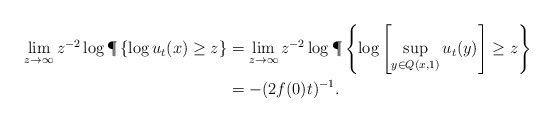
\begin{align*}\lim_{z\rightarrow \infty} z^{-2} \log \P\left\{ \log u_t(x) \ge z\right\}&=\lim_{z\rightarrow \infty} z^{-2} \log \P \left\{\log\left[\sup_{y\in Q(x,1)} u_t(y) \right] \ge z \right\}\\&=-(2f(0)t)^{-1}.\end{align*}